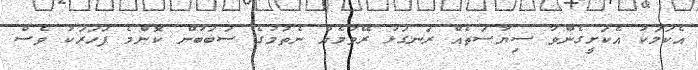
އެކަމަކު އެކަށީގެންވާ ސިޔާސަތެއް ރަނގަޅު ރޭވުމެއް ނެތުމުގެ ސަބަބުން ކޮންމެ ފަހަރަކު ވެސް